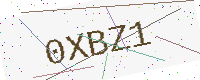
Text: 0XBZ1